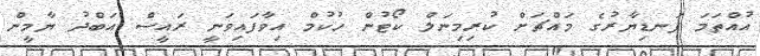
އުއްތަމަ ފަނޑިޔާރުގެ މައްޗަށް ކުރިމިނަލް ކޯޓުން ހުކުމް އިވާފައިވަނީ ރައީސް އަބްދު ޔާމީން